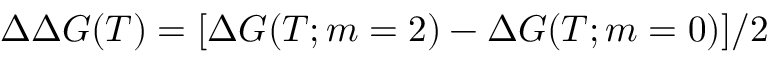
\Delta \Delta G ( T ) = [ \Delta G ( T ; m = 2 ) - \Delta G ( T ; m = 0 ) ] / 2